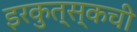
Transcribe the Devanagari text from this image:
इरकुत्स्कची